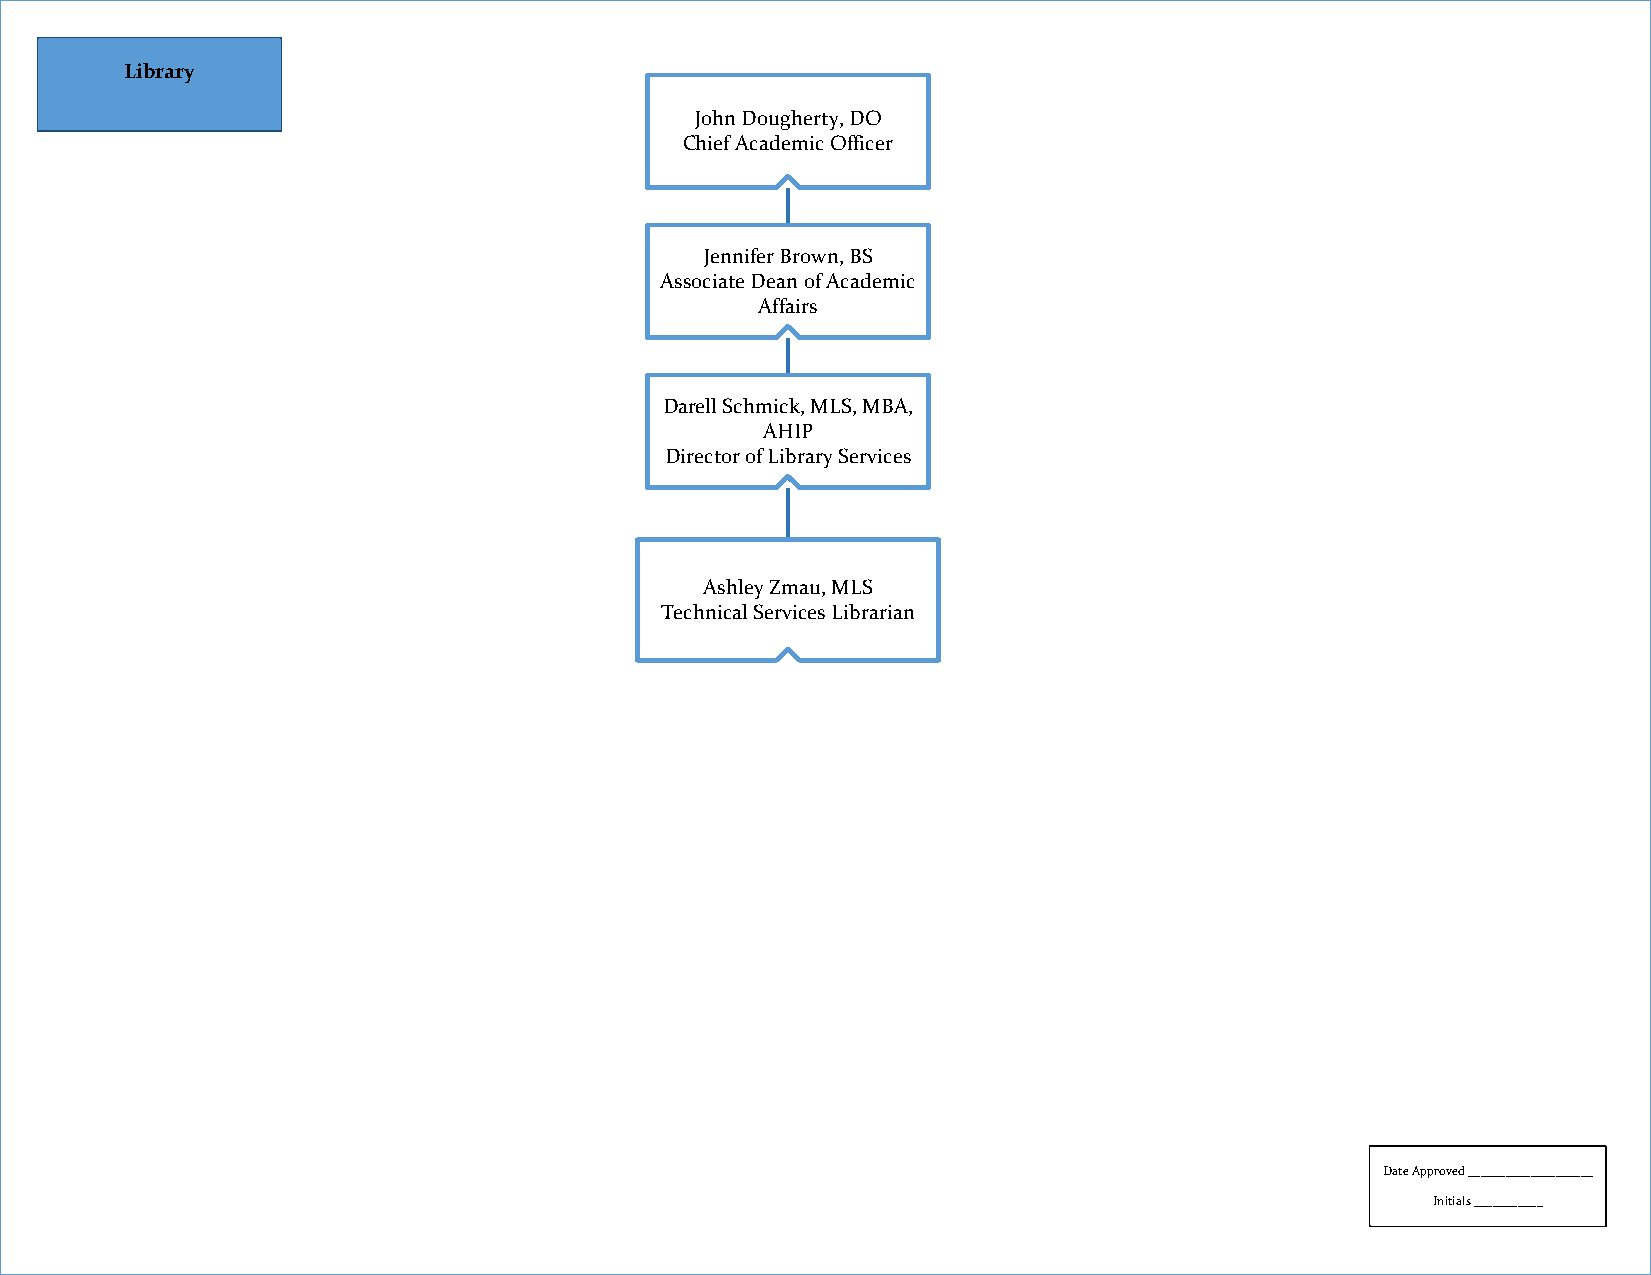
LLiibbrraarryy
 JJoohhnn DDoouugghheerrttyy,, DDOO
 CChhiieeff AAccaaddeemmiicc OOffffiicceerr
 JJeennnniiffeerr BBrroowwnn,, BBSS
 AAssssoocciiaattee DDeeaann ooff AAccaaddeemmiicc
 AAffffaaiirrss
 DDaarreellll SScchhmmiicckk,, MMLLSS,, MMBBAA,,
 AAHHIIPP
 DDiirreeccttoorr ooff LLiibbrraarryy SSeerrvviicceess
 AAsshhlleeyy ZZmmaauu,, MMLLSS
 TTeecchhnniiccaall SSeerrvviicceess LLiibbrraarriiaann
 Date Approved ____________________
 Initials ___________